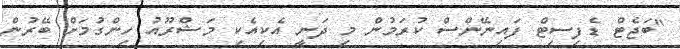
"ބަޖެޓް ޑެފިސިޓް ފައިނޭންސް ކުރަމުން މި ދަނީ އެކިއެކި މަޝްރޫއު ހިންގުމަށް ބޭރުން